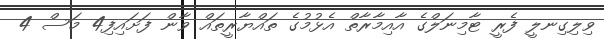
ވިލިގިނލީ ފެރީ ޓާމިނަލްގެ އާއިމާރާތް އެޅުމުގެ ތައްޔާރީތައް ވާން ފަށައިފި4 މަސް 4